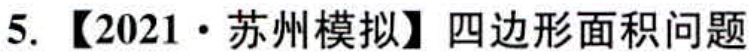
5. 【2021·苏州模拟】四边形面积问题